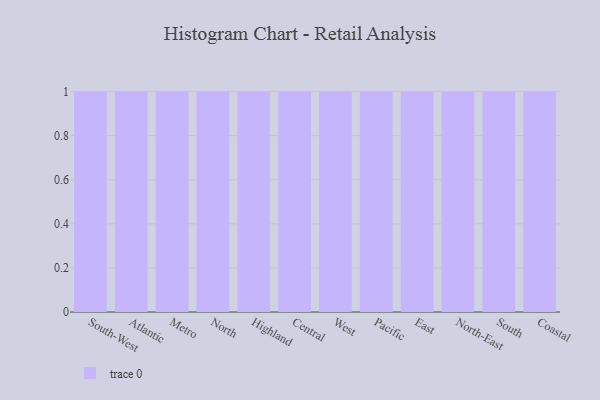
{"axis": {"x": "Region", "y": "Market Share (%)"}, "legend": [""], "data": [{"x": "South-West", "y": 49, "type": ""}, {"x": "Atlantic", "y": 68, "type": ""}, {"x": "Metro", "y": 65, "type": ""}, {"x": "North", "y": 80, "type": ""}, {"x": "Highland", "y": 62, "type": ""}, {"x": "Central", "y": 73, "type": ""}, {"x": "West", "y": 74, "type": ""}, {"x": "Pacific", "y": 3, "type": ""}, {"x": "East", "y": 24, "type": ""}, {"x": "North-East", "y": 48, "type": ""}, {"x": "South", "y": 53, "type": ""}, {"x": "Coastal", "y": 43, "type": ""}]}